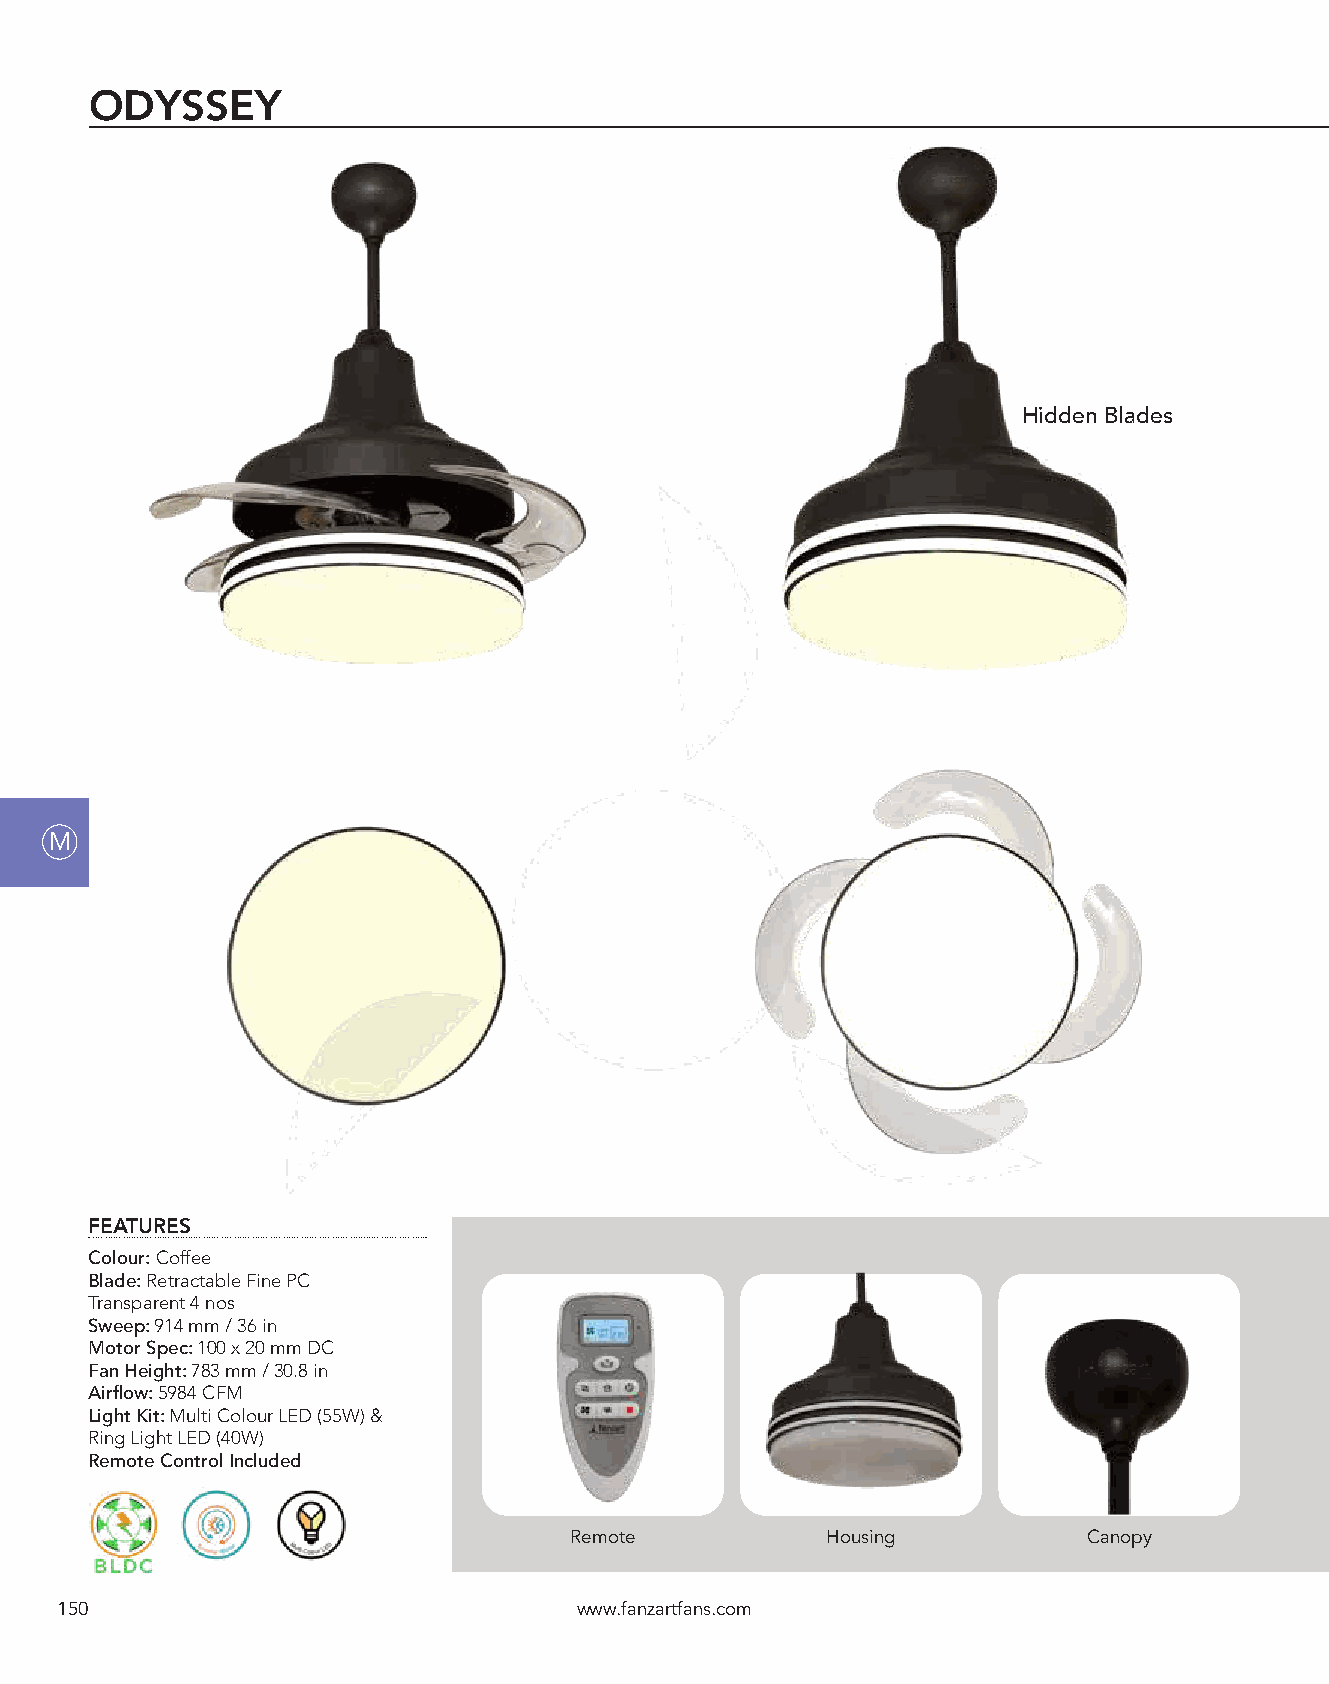
ODYSSEY
 Hidden Blades
 M
 FEATURES
 Colour: Coffee
 Blade: Retractable Fine PC
 Transparent 4 nos
 Sweep: 914 mm / 36 in
 Motor Spec: 100 x 20 mm DC
 Fan Height: 783 mm / 30.8 in
 Airflow: 5984 CFM
 Light Kit: Multi Colour LED (55W) &
 Ring Light LED (40W)
 Remote Control Included
 Remote           Housing          Canopy
 150                               www.fanzartfans.com